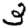
Digit: 3